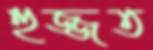
হুজ্জত